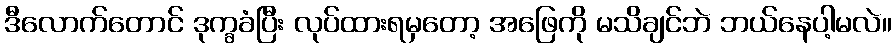
ဒီလောက်တောင် ဒုက္ခခံပြီး လုပ်ထားရမှတော့ အဖြေကို မသိချင်ဘဲ ဘယ်နေပါ့မလဲ။